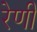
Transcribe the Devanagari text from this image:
रेणी